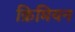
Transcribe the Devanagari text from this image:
क्रिमियन